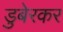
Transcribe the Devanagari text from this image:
डुबेरकर